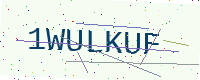
Text: 1WULKUF